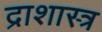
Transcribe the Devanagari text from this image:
द्राशास्त्र